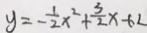
y = - \frac { 1 } { 2 } x ^ { 2 } + \frac { 3 } { 2 } x - 6 L